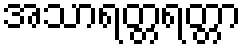
အသာရတ္တရတ္တာ